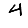
Digit: 4